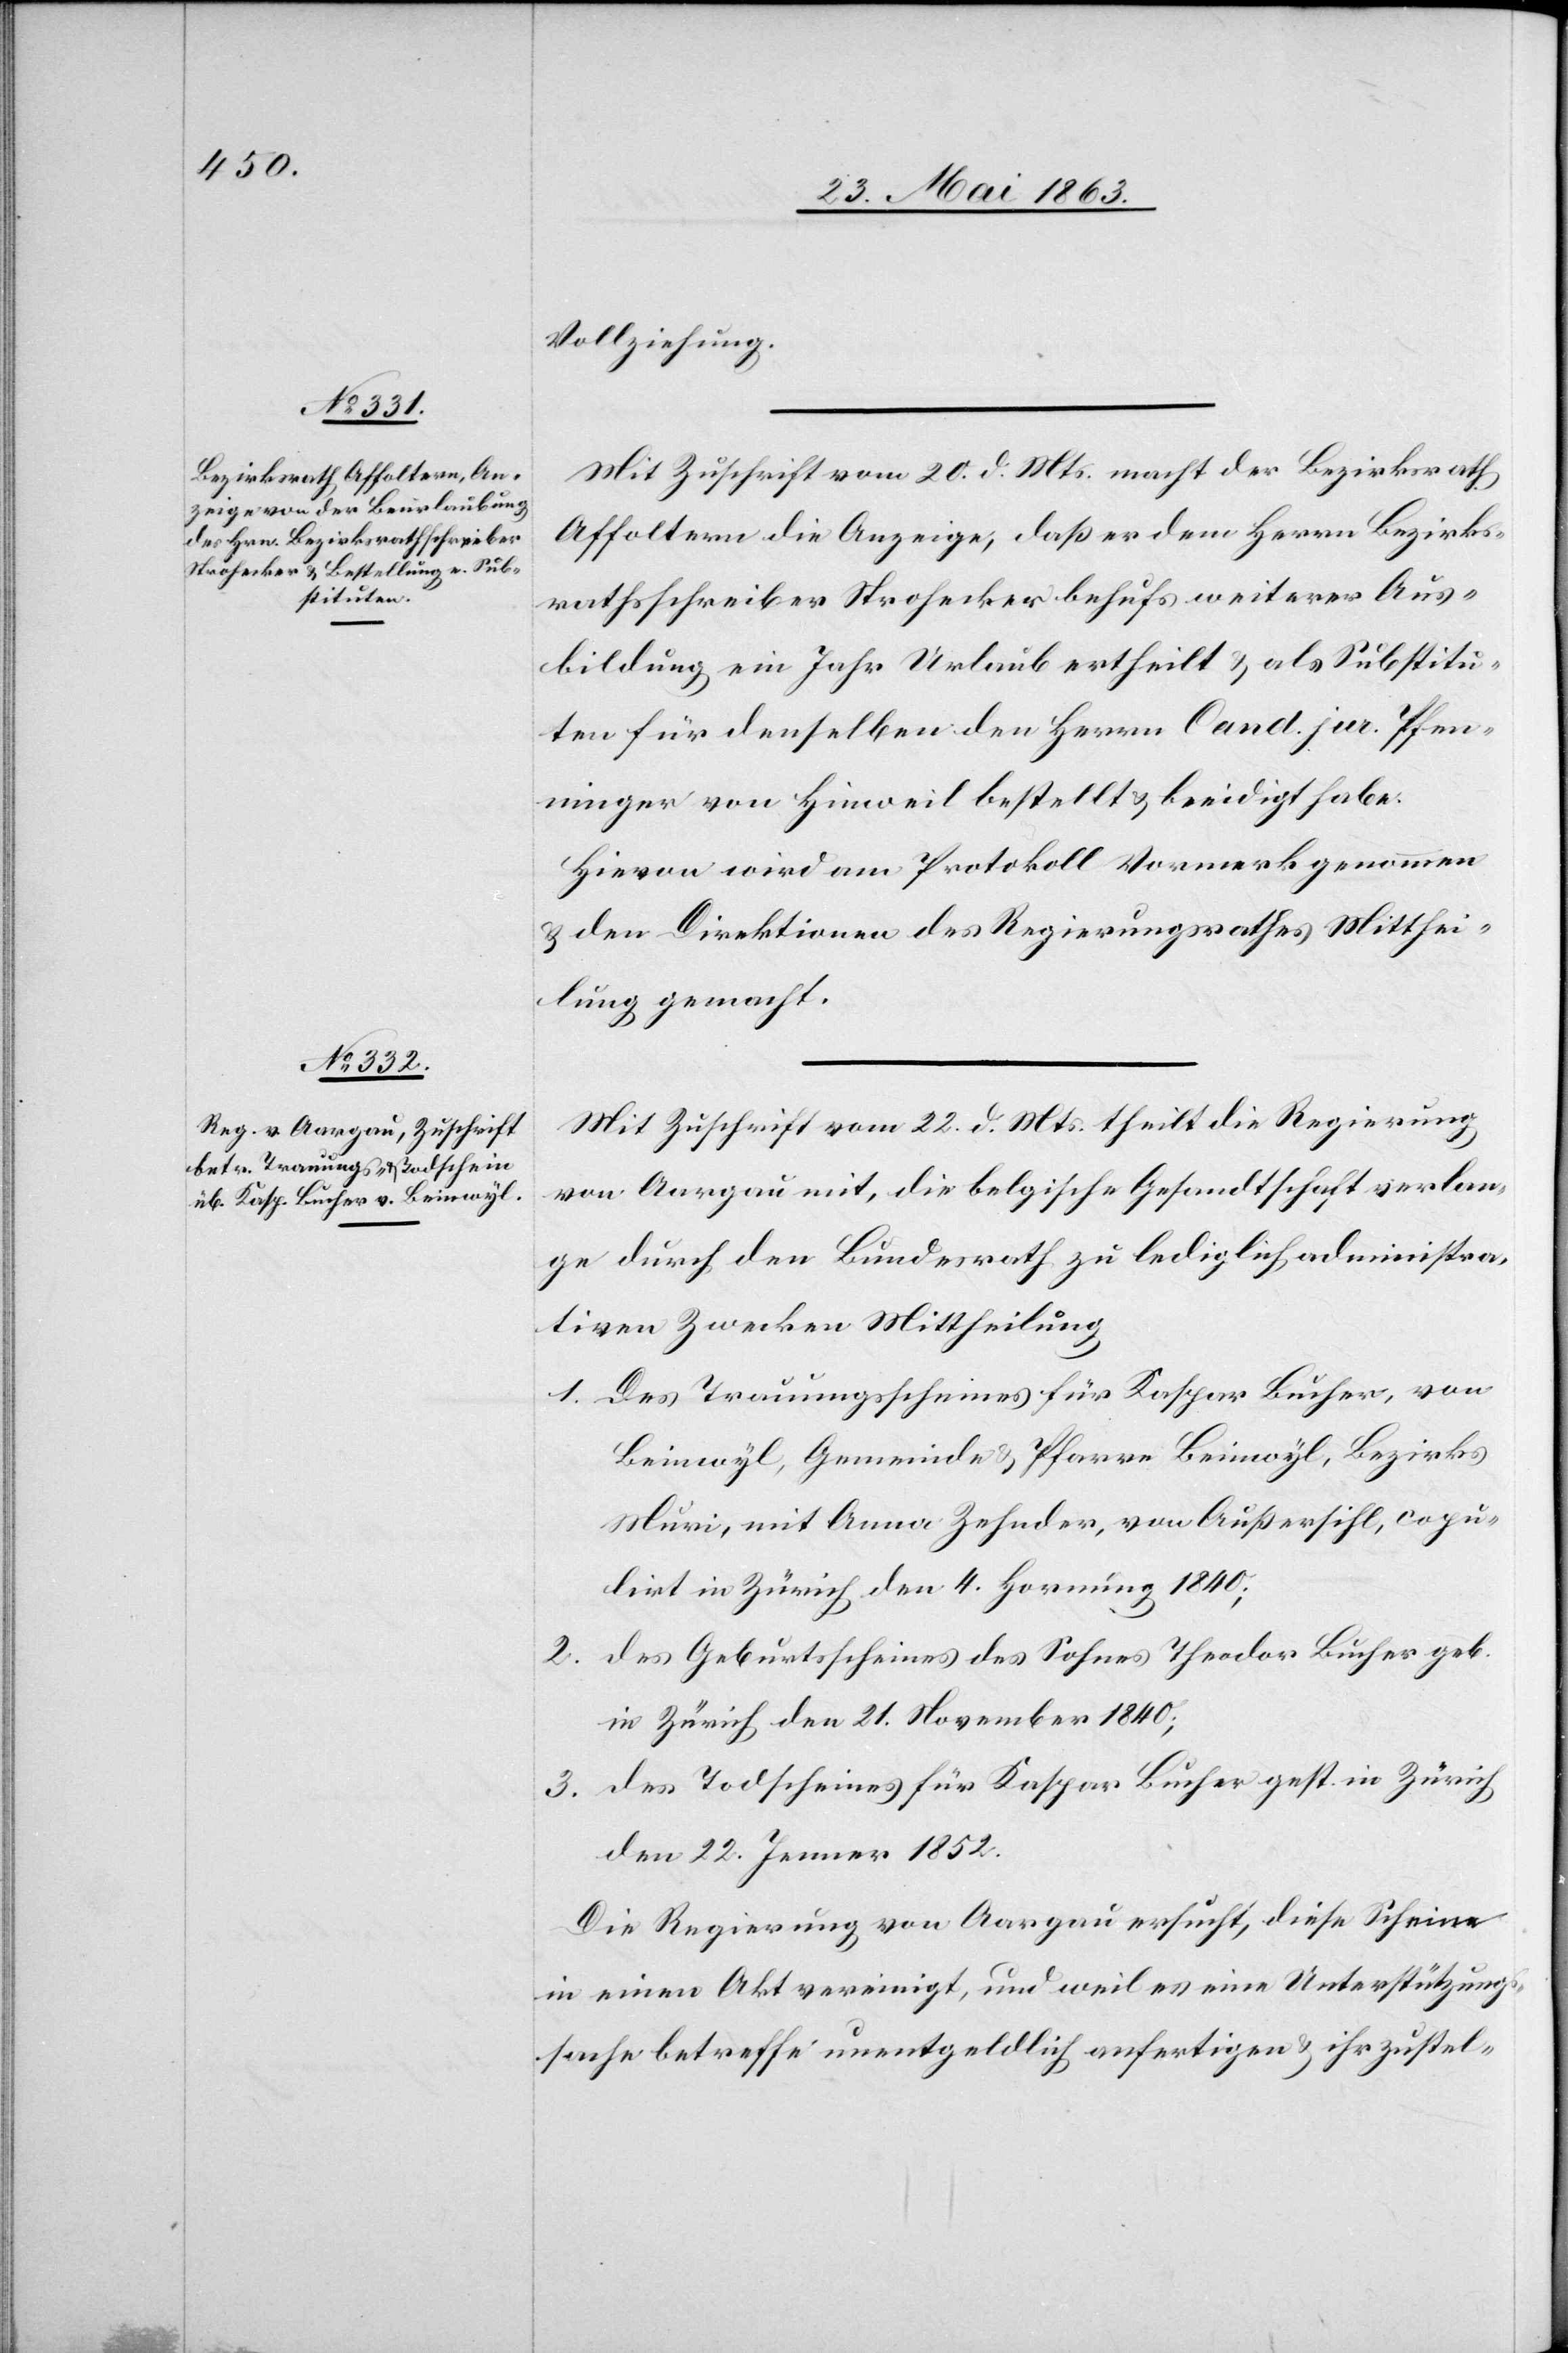
Vollziehung.
Mit Zuschrift vom 20. d. Mts. macht der Bezirksrath
Affoltern die Anzeige, daß er dem Herrn Bezirks¬
rathsschreiber Strohecker behufs weiterer Aus¬
bildung ein Jahr Urlaub ertheilt & als Substitu¬
ten für denselben den Herrn Cand. jur. Pfen¬
ninger von Hinweil bestellt & beeidigt habe.
Hievon wird am Protokoll Vormerk genommen
& den Direktionen des Regierungsrathes Mitthei¬
lung gemacht.
Mit Zuschrift vom 22. d. Mts. theilt die Regierung
von Aargau mit, die belgische Gesandtschaft verlan¬
ge durch den Bundesrath zu lediglich administra¬
tiven Zwecken Mittheilung
1. Des Trauungsscheines für Kaspar Bucher, von
Beinwyl, Gemeinde & Pfarrer Beinwyl, Bezirks
Muri, mit Anna Zehnder, von Außersihl, copu¬
lirt in Zürich den 4. Hornung 1840;
2. des Geburtsscheines des Sohnes Theodor Bucher geb.
in Zürich den 21. November 1840;
3. des Todscheines für Kaspar Bucher gest. in Zürich
den 22. Jenner 1852.
Die Regierung von Aargau ersucht, diese Scheine
in einen Akt vereinigt, und weil es eine Unterstützung¬
ssache betreffe unentgeldlich anfertigen & ihr zustel-